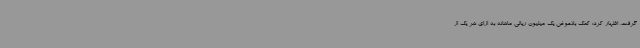
گرفت، اظهار کرد: کمک بلاعوض یک میلیون ریالی ماهانه به ازای هر یک از